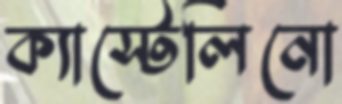
ক্যাস্টেলিনো